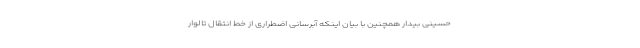
حسینی بیدار همچنین با بیان اینکه آبرسانی اضطراری از خط انتقال تالوار